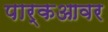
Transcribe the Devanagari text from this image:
पार्कआवर